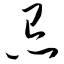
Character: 忌